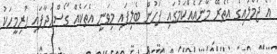
އެ ޖުމްލައިގެ އެތެރޭ މާނައެއްކަމުގައި ފަހުން ބެލިފައި މިވަނީ އެތަކެއް ގޯސްހަދާފައި ހުރިމީހަކު